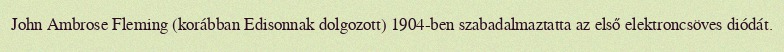
John Ambrose Fleming (korábban Edisonnak dolgozott) 1904-ben szabadalmaztatta az első elektroncsöves diódát.